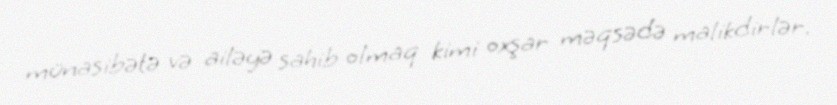
münasibətə və ailəyə sahib olmaq kimi oxşar məqsədə malikdirlər.